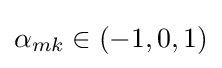
\alpha _{mk}\in (-1,0,1)